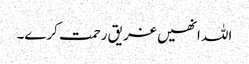
اللہ انھیں غریق رحمت کرے۔